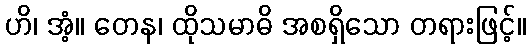
ဟိ၊ အံ့။ တေန၊ ထိုသမာဓိ အစရှိသော တရားဖြင့်။